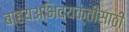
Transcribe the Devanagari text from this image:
बाहयअभिव्यक्‍तीसाठी